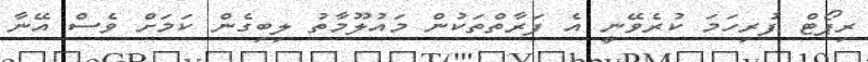
ރިޕޯޓް ފުރިހަމަ ކުރެވޭނީ އެ ފަރާތްތަކުން މައުލޫމާތު ލިބިގެން ކަމަށް ވެސް އޭނާ